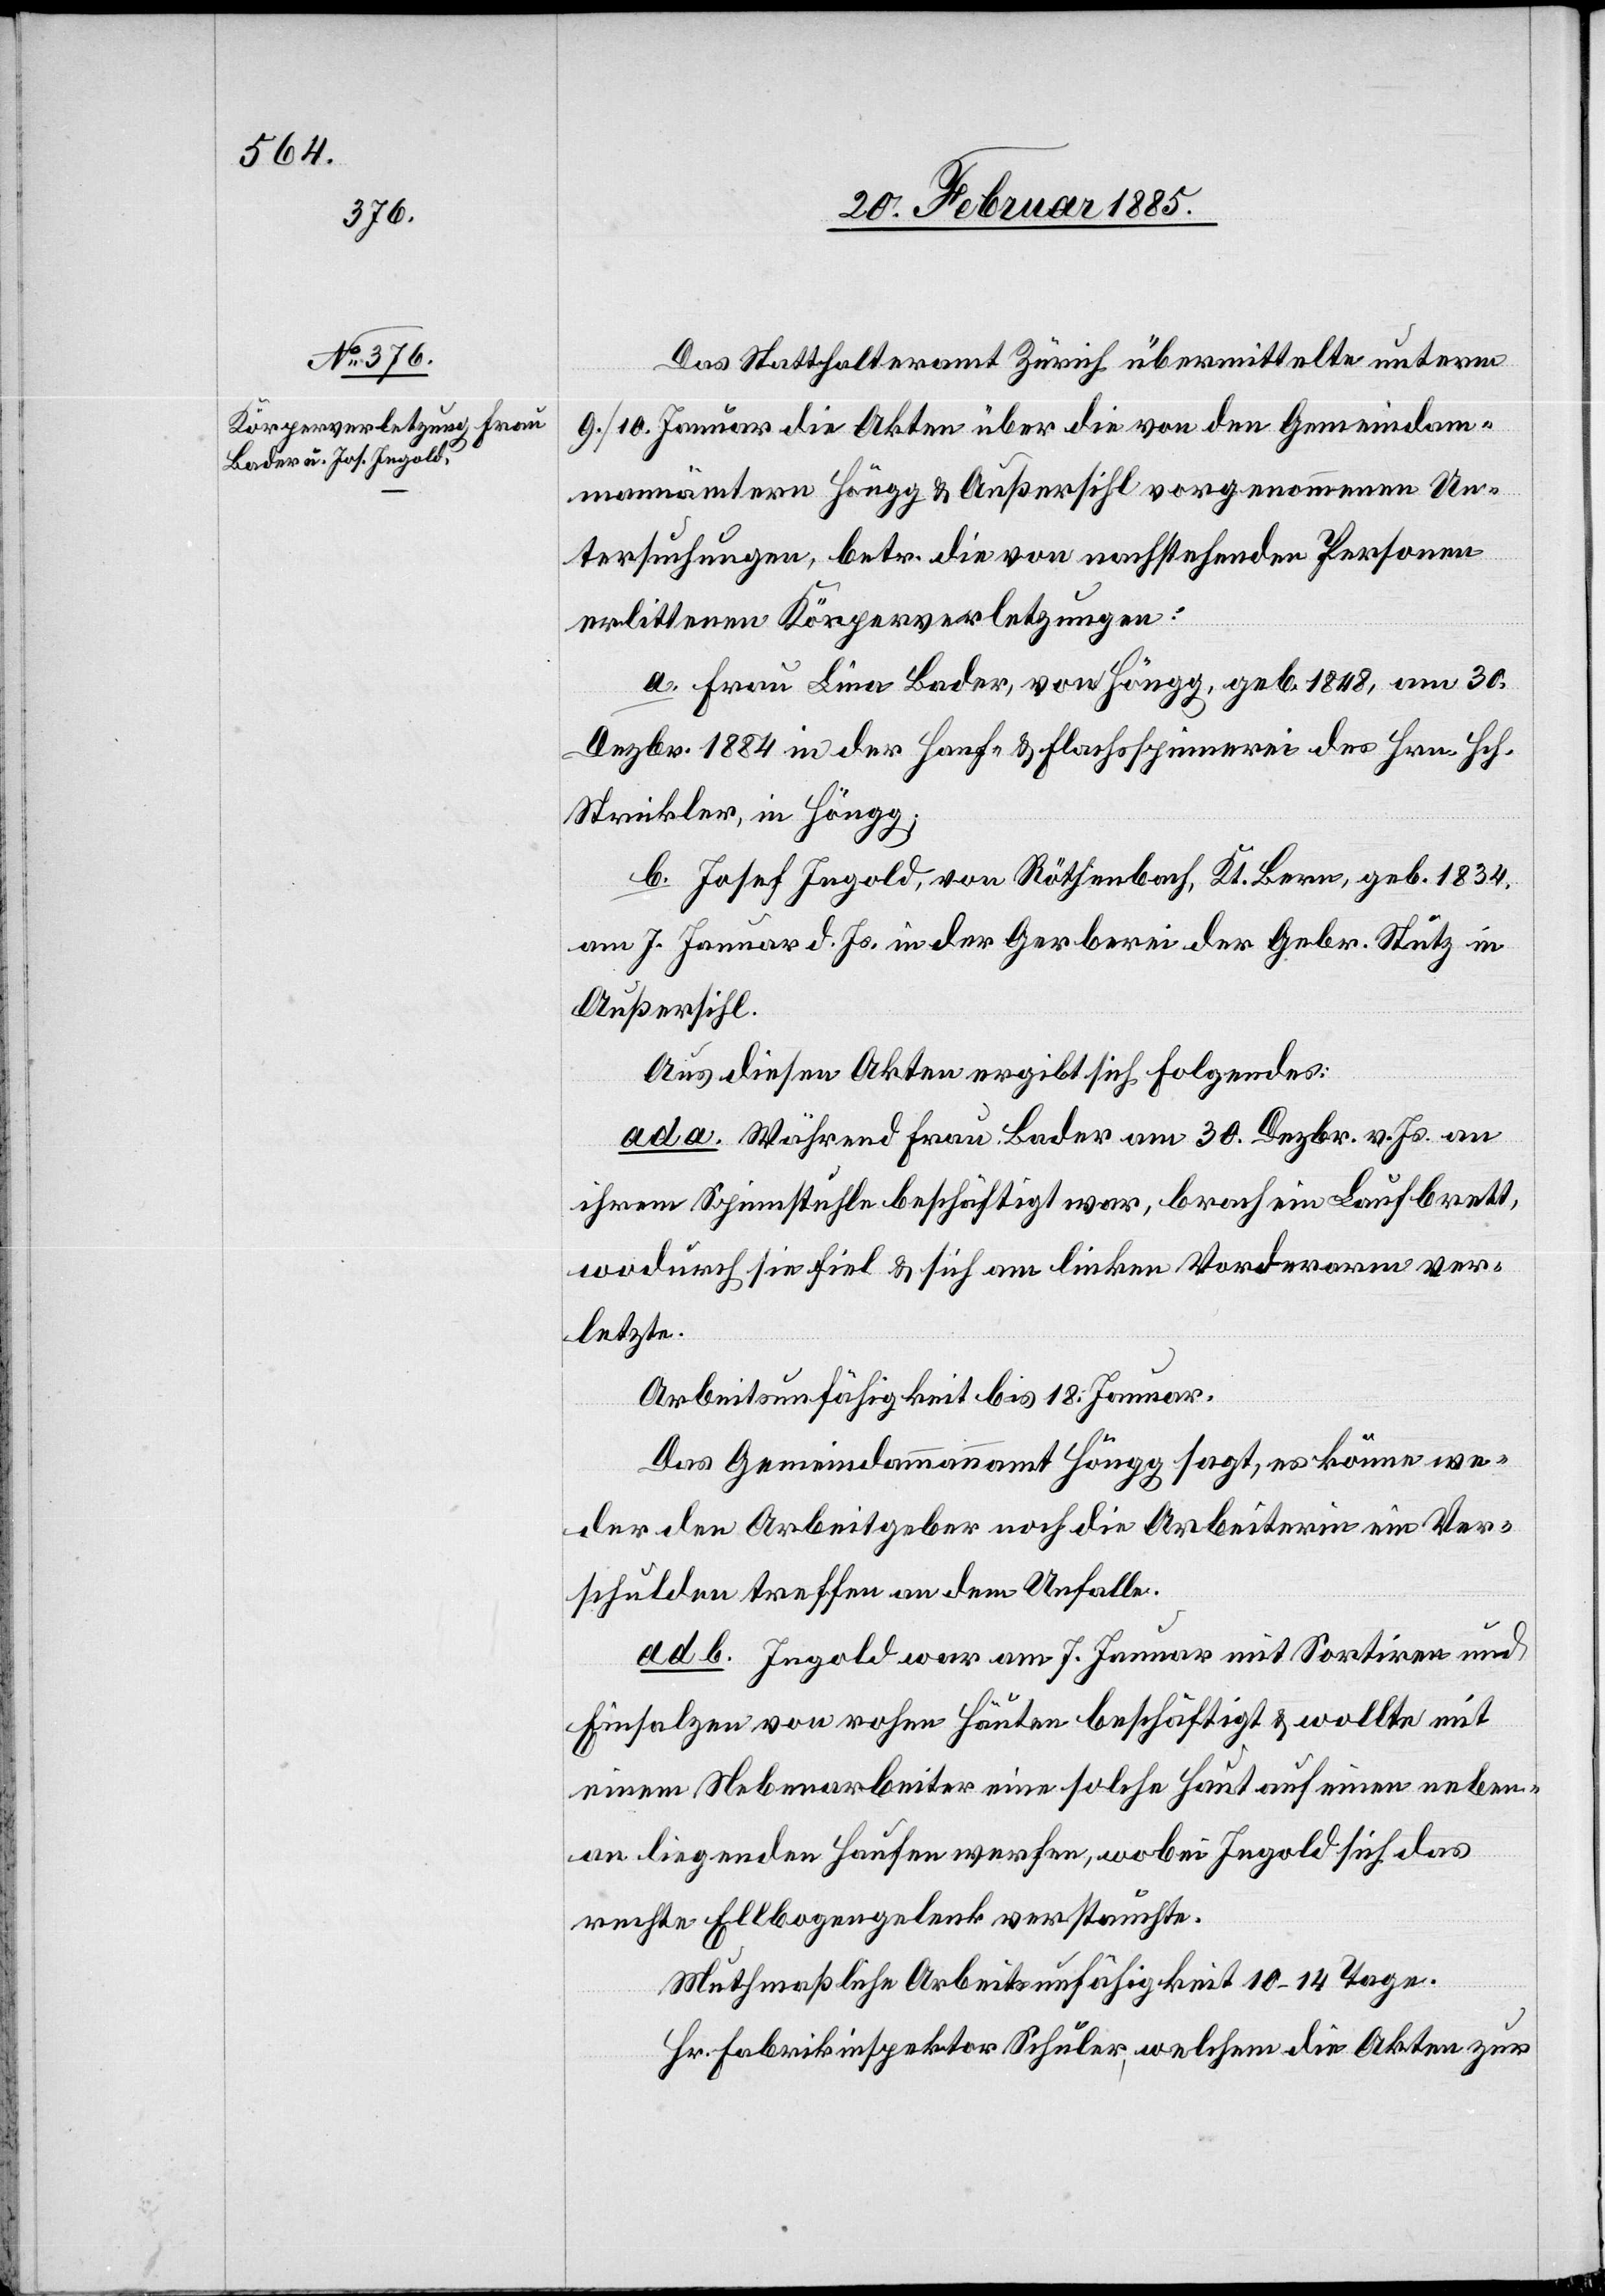
Das Statthalteramt Zürich übermittelt unterm
9./10. Januar die Akten über die von den Gemeindam¬
mannämtern Höngg & Außersihl vorgenommenen Un¬
tersuchungen, betr. die von nachstehenden Personen
erlittenen Körperverletzungen:
a. Frau Lina Bader, von Höngg, geb. 1848, am 30.
Dezbr. 1884 in der Hanf- & Flachsspinnerei des Hrn. Hch.
Strickler, in Höngg;
b. Josef Ingold, von Röthenbach, Kt. Bern, geb. 1834,
am 7. Januar d. Js. in der Gerberei der Gebr. Stutz in
Außersihl.
Aus diesen Akten ergibt sich folgendes.
ad a. Während Frau Bader am 30. Dezbr. v. Js. an
ihrem Spinnstuhle beschäftigt war, brach ein Laufbrett,
wodurch sie fiel & sich am linken Vorderarm ver¬
letzte.
Arbeitsunfähigkeit bis 18. Januar.
Das Gemeindammannamt Höngg sagt, es könne we¬
der der Arbeitgeber noch die Arbeiterin ein Ver¬
schulden treffen an dem Unfalle.
ad b. Ingold war am 7. Januar mit Sortiren und
Einsalzen von rohen Häuten beschäftigt & wollte mit
einem Nebenarbeiter eine solche Haut auf einen neben¬
an liegenden Haufen werfen, wobei Ingold sich das
rechte Ellbogengelenk verstauchte.
Muthmaßliche Arbeitsunfähigkeit 10–14 Tage.
Hr. Fabrikinspektor Schuler, welchem die Akten zur